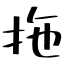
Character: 拖